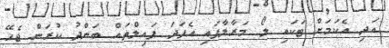
އަދި އެކަމަށް ޓަކައި ލޯ މަރާލާފައި އެފަދަ ފައިލްތައް ބަންދު ކުރަން ޖެހޭ